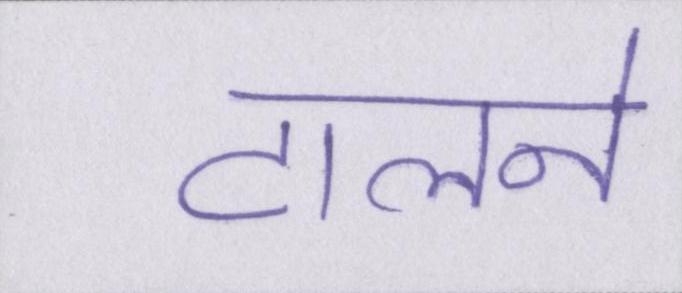
टालने